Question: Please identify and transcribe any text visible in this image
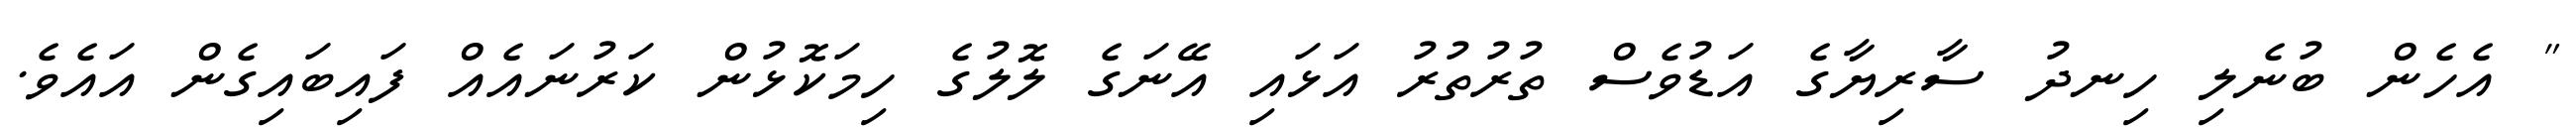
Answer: " އެހެން ބުނެލި ހިނދު ސާރިޔާގެ އަޑުވެސް ތުރުތުރު އަޅައި އޭނަގެ ލޮލުގެ ހިމަކޮޅުން ކަރުނައެއް ފައިބައިގެން އައެވެ.